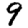
Digit: 9